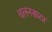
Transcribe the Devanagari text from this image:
चलनसाठा